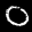
Label: 0